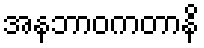
အနဘာဝကတာနိ